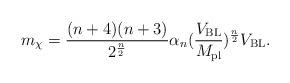
LaTeX: \begin{align*}m_\chi = \frac{(n +4)(n + 3)}{2^{\frac{n}{2}}}\alpha_{n}(\frac{V_{\rm BL}}{M_{\rm pl}})^{\frac{n}{2}}V_{\rm BL}.\end{align*}